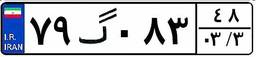
۷۹گ۰۸۳۴۸